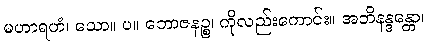
မဟာရဟံ၊ သော။ ပ။ ဘောဇနဉ္စ၊ ကိုလည်းကောင်း။ အဘိနန္ဒန္တော၊